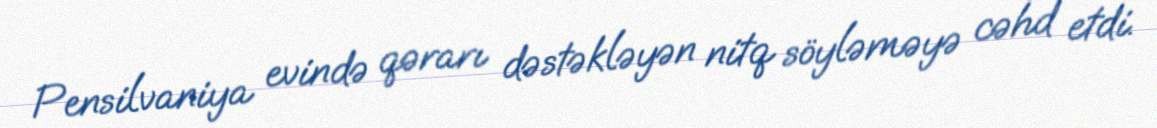
Pensilvaniya evində qərarı dəstəkləyən nitq söyləməyə cəhd etdi.